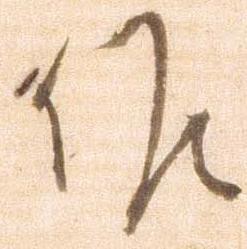
候